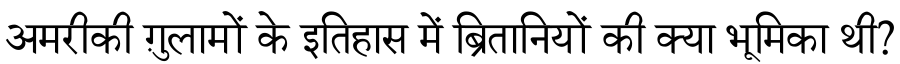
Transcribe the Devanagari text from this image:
अमरीकी ग़ुलामों के इतिहास में ब्रितानियों की क्या भूमिका थी?